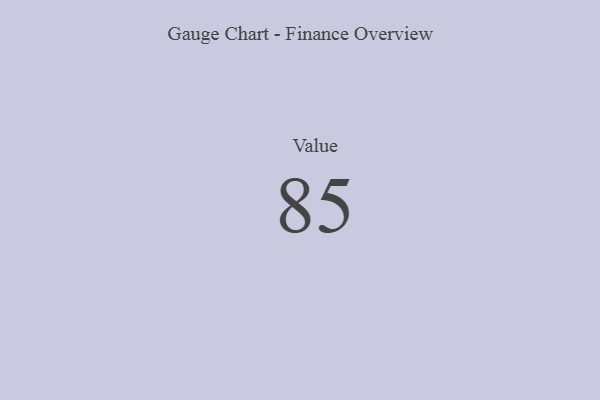
{"axis": {"x": "Metric", "y": "Value"}, "legend": [""], "data": [{"x": "Value", "y": 85, "type": ""}]}